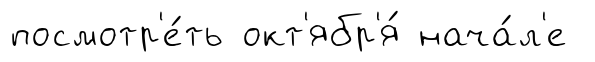
посмотр'е́ть окт'ябр'я́ нача́л'е